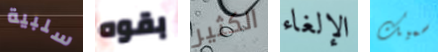
سلبية بقوه الكثير الإلغاء سميك